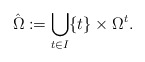
\begin{align*}\hat{\Omega} := \bigcup_{t\in I} \{t\} \times \Omega^t.\end{align*}